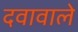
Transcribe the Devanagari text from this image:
दवावाले